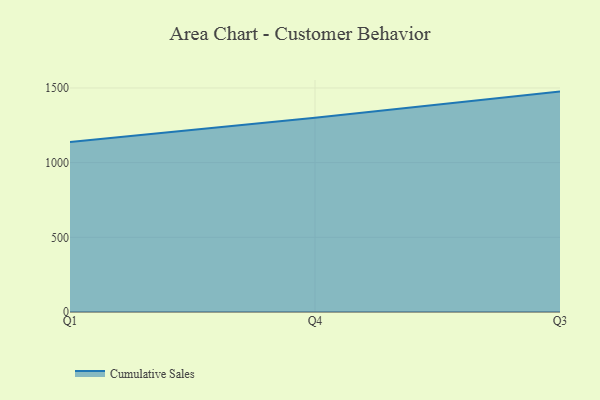
{"axis": {"x": "Quarter", "y": "Page Views"}, "legend": ["Cumulative Sales"], "data": [{"x": "Q1", "y": 1138.3, "type": "Cumulative Sales"}, {"x": "Q4", "y": 1301.2, "type": "Cumulative Sales"}, {"x": "Q3", "y": 1475.6, "type": "Cumulative Sales"}]}